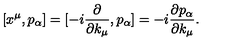
[ x ^ { \mu } , p _ { \alpha } ] = [ - i \frac { \partial } { \partial k _ { \mu } } , p _ { \alpha } ] = - i \frac { \partial p _ { \alpha } } { \partial k _ { \mu } } .